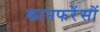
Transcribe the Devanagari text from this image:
कानफरेंसों